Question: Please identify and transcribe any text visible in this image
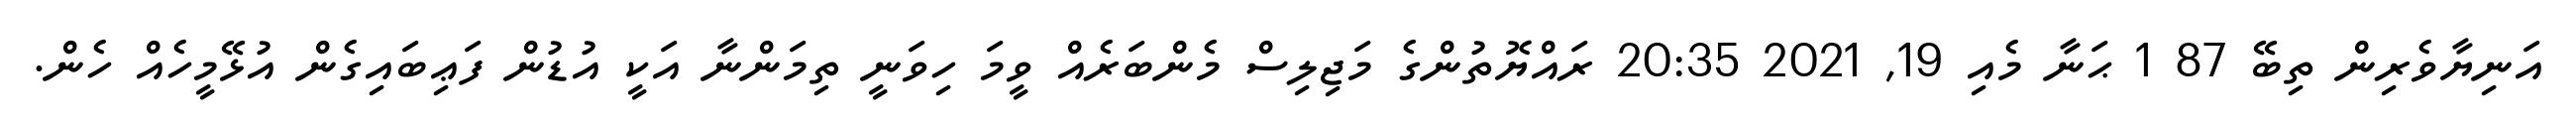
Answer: އަނިޔާވެރިން ތިބޭ 87 1 ޙަނާ މެއި 19, 2021 20:35 ރައްޔޮތުންގެ މަޖިލިސް މެންބަރެއް ވީމަ ހިވަނީ ތިމަންނާ އަކީ އުޑުން ފަޢިބައިގެން އުޅޭމީހެއް ހެން.